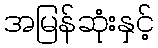
အမြန်ဆုံးနှင့်